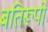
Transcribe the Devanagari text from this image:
बतिरूपों